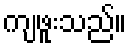
ကျဖူးသည်။